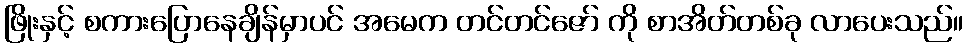
ဖြိုးနှင့် စကားပြောနေချိန်မှာပင် အမေက တင်တင်ဇော် ကို စာအိတ်တစ်ခု လာပေးသည်။